Leaving Certificate Examination (including Day School Certificate (Higher) General paper), 1931
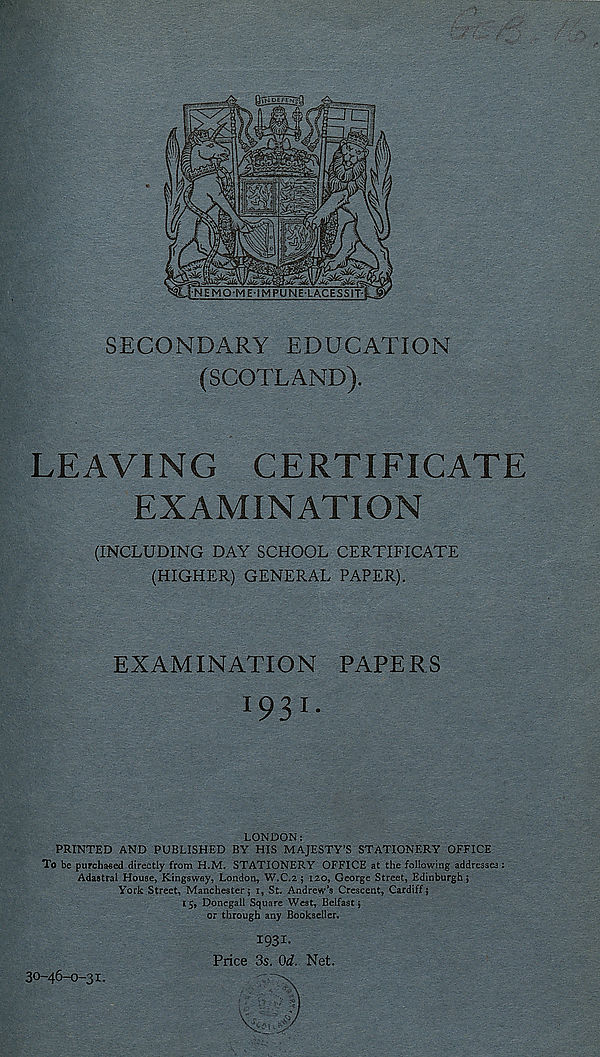
SECONDARY EDUCATION
(SCOTLAND).
LEAVING CERTIFICATE
EXAMINATION
(INCLUDING DAY SCHOOL CERTIFICATE
(HIGHER) GENERAL PAPER).
EXAMINATION PAPERS
LONDON:
PRINTED AND PUBLISHED BY HIS MAJESTY’S STATIONERY OFFICE
To be purchased directly from H.M. STATIONERY OFFICE at the following addresses :
Adaatral House, Kingsway, London, W.C.2 ; 120, George Street, Edinburgh;
York Street, Manchester; 1, St. Andrew’s Crescent, Cardiff;
15, Donegall Square West, Belfast;
or through any Bookseller.
1931-
Price 3s. Od. Net.
30-46-0-31.